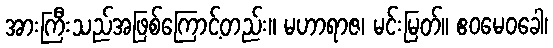
အားကြီးသည်အဖြစ်ကြောင့်တည်း။ မဟာရာဇ၊ မင်းမြတ်။ ဧဝမေဝခေါ၊